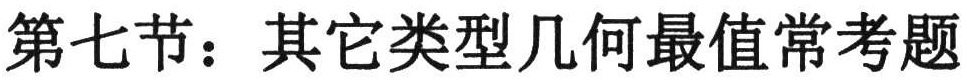
第七节：其它类型几何最值常考题